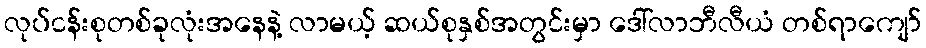
လုပ်ငန်းစုတစ်ခုလုံးအနေနဲ့ လာမယ့် ဆယ်စုနှစ်အတွင်းမှာ ဒေါ်လာဘီလီယံ တစ်ရာကျော်